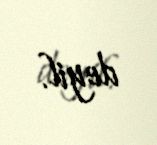
deyil.